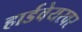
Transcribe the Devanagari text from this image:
हार्डवेयरवर